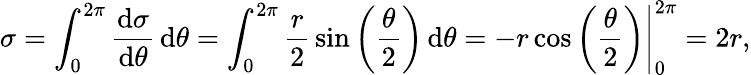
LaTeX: \sigma=\int_{0}^{2\pi}{\frac{\mathrm{d}\sigma}{\mathrm{d}\theta}}\, \mathrm{d}\theta=\int_{0}^{2\pi}{\frac{r}{2}}\sin\left({\frac{\theta}{2}}\right)\, \mathrm{d}\theta=\left.-r\cos\left({\frac{\theta}{2}}\right)\right|_{0}^{2\pi}=2r,